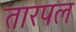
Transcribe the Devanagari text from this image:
तारपल